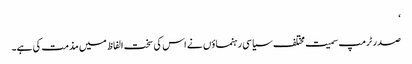
‘
صدر ٹرمپ سمیت مختلف سیاسی رہنماؤں نے اس کی سخت الفاظ میں مذمت کی ہے۔